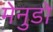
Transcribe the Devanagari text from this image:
मेनुडो